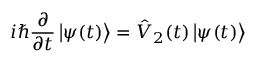
i \hslash \frac { \partial } { \partial t } \left\vert \psi ( t ) \right\rangle = \hat { V } _ { 2 } ( t ) \left\vert \psi ( t ) \right\rangle